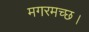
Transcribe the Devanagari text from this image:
मगरमच्छ।